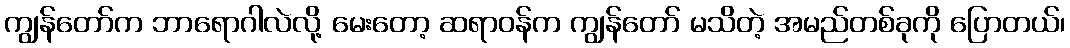
ကျွန်တော်က ဘာရောဂါလဲလို့ မေးတော့ ဆရာဝန်က ကျွန်တော် မသိတဲ့ အမည်တစ်ခုကို ပြောတယ်၊